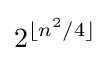
2^{\lfloor n^{2}/4\rfloor }